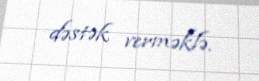
dəstək verməklə.